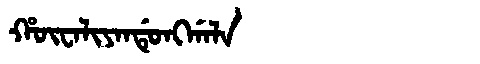
Manchu: ᡥᡡᠸᠠᠯᡳᠶᠠᠨᡩᡠᠩᡤᠠᠯᠠ
Romanization: HŪWALIYANDUNGGALA